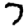
Digit: 7